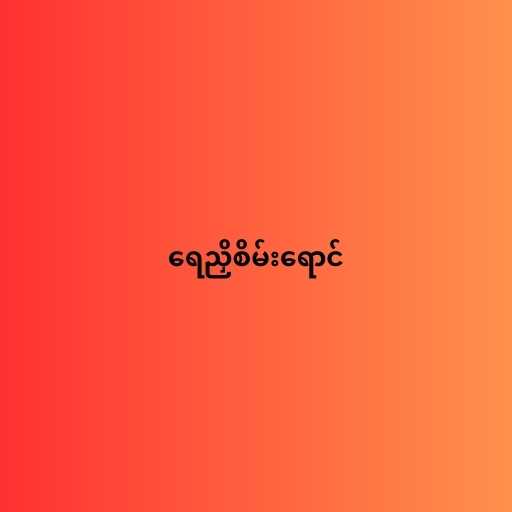
ရေညှိစိမ်းရောင်